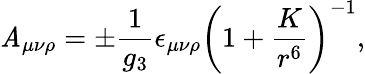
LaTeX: \mathit{A}_{\mu\nu\rho}=\pm{\frac{{1}}{{g_{3}}}}\epsilon_{\mu\nu\rho}\left(1+{\frac{{K}}{{r^{6}}}}\right)^{-1},